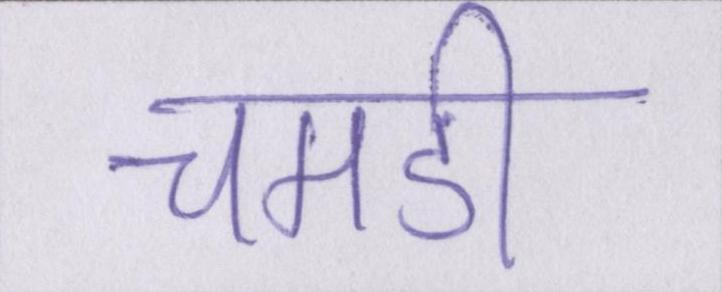
चमडी